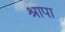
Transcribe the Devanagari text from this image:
श्रापा